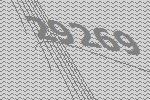
29269